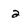
Character: 2